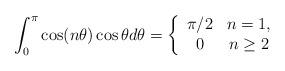
LaTeX: \begin{align*}\int_0^{\pi} \cos(n \theta) \cos \theta d \theta=\left \{ \begin{array}{cc} \pi/2 & n=1, \\ 0 & n \geq 2 \end{array}\right.\end{align*}